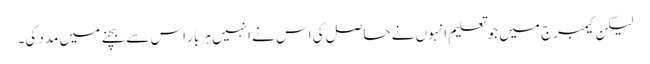
لیکن کیمبرج میں جو تعلیم انہوں نے حاصل کی اس نے انہیں ہر بار اس سے بچنے میں مدد کی۔